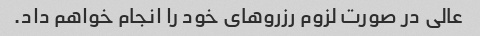
عالی در صورت لزوم رزروهای خود را انجام خواهم داد.